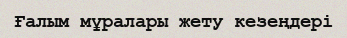
Ғалым мұралары жету кезеңдері